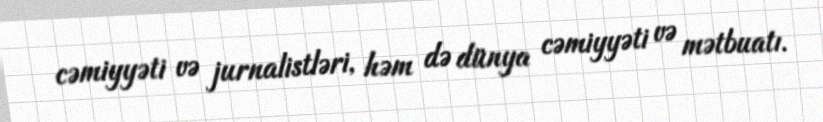
cəmiyyəti və jurnalistləri, həm də dünya cəmiyyəti və mətbuatı.